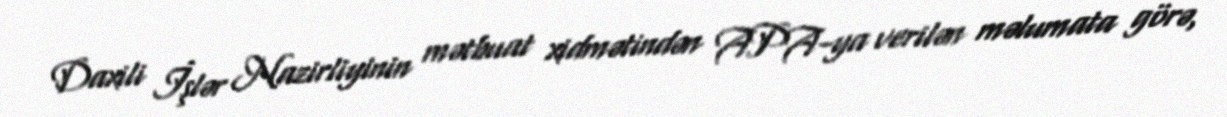
Daxili İşlər Nazirliyinin mətbuat xidmətindən APA-ya verilən məlumata görə,